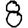
Digit: 8